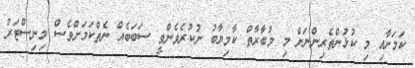
ކަމަށާއި މި ކުޅުންތެރިންނަށް މި މުބާރާތް ކާމިޔާބު ނުކުރެވެންވީ ސަބަބެއް ނެތްކަމަށްވެސް މިނިސްޓަރު